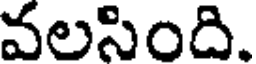
వలసింది.